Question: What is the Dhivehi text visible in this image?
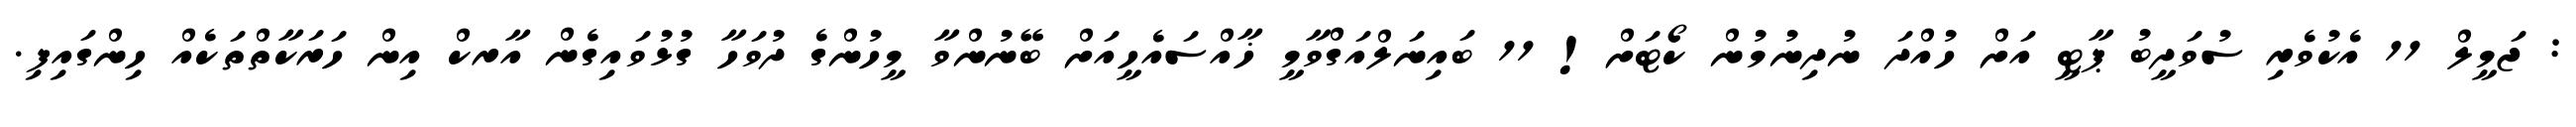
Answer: : ޖަމީލް 11 އެކުވެރި ސުވަދީބު ޕާޓީ އަށް ހުއްދަ ނުދިނުމުން ކޯޓަށް! 11 ބައިނަލްއަގްވާމީ ޚާއްސައެހީއަށް ބޭނުންވާ މީހުންގެ ދުވަހާ ގުޅުވައިގެން އާރކް އިން ހަރަކާތްތަކެއް ހިންގައިފި.